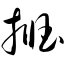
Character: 掴